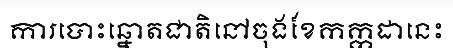
ការបោះឆ្នោតជាតិនៅចុងខែកក្កដានេះ